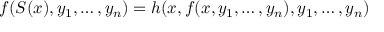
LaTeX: f ( S ( x ) , y _ { 1 } , \ldots , y _ { n } ) = h ( x , f ( x , y _ { 1 } , \ldots , y _ { n } ) , y _ { 1 } , \ldots , y _ { n } )